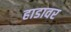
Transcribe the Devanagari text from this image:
हाडावर